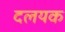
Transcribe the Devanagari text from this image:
दलयक